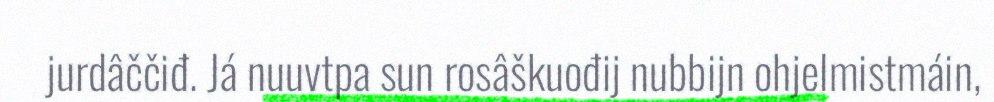
jurdâččiđ. Já nuuvtpa sun rosâškuođij nubbijn ohjelmistmáin,